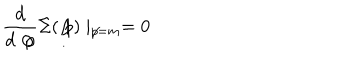
LaTeX: \frac { d } { d \not { p } } \Sigma ( \not { p } ) \mid _ { \not { p } = m } = 0